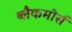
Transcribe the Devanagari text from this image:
ब्लैकमोर्स